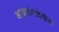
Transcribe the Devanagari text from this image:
आजारांनादेखील